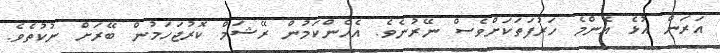
އަރަން އުޅެ އެންމެ ހަރުފަތަކަށްވެސް ނޭރުނެވެ. އެހެންކަމުން ރޭޝަމް ކޮރުޖަހަމުން ބޭރަށް ނުކުތެވެ.